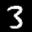
Label: 3